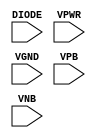
module sky130_fd_sc_hvl__diode (
    DIODE,
    VPWR ,
    VGND ,
    VPB  ,
    VNB
);

    // Module ports
    input DIODE;
    input VPWR ;
    input VGND ;
    input VPB  ;
    input VNB  ;
     // No contents.
endmodule